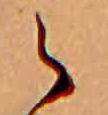
ら